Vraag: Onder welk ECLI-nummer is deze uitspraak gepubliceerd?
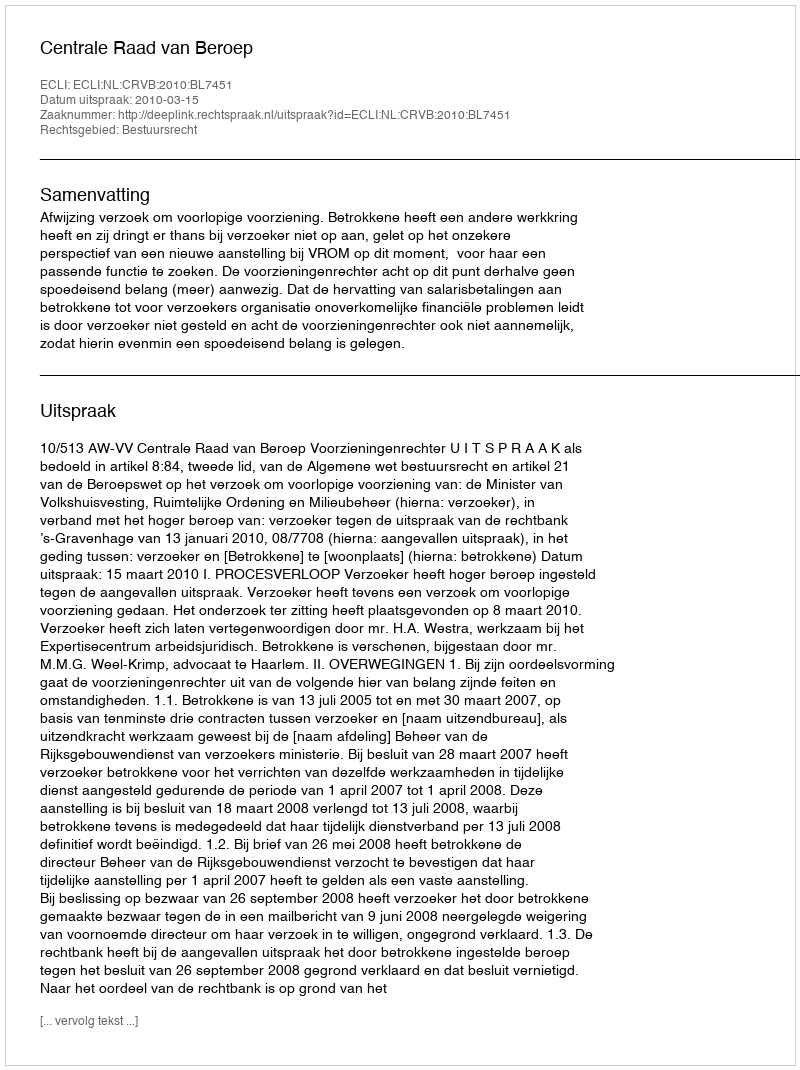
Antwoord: ECLI:NL:CRVB:2010:BL7451